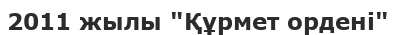
2011 жылы "Құрмет ордені"